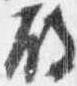
殿